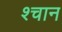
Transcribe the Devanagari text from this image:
श्चान